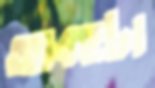
আবহটা